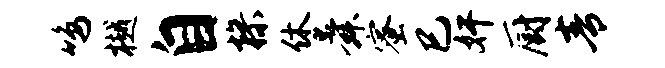
鸣樾自操休舜蜜巳奸厨青